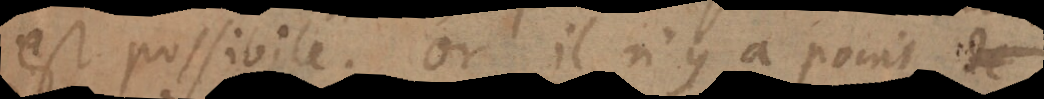
est possible. Or il n’y a point